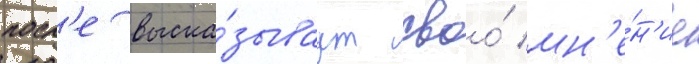
посл'е выска́зываут своо́ мн'е́н'ие